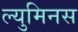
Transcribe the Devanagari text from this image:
ल्युमिनस